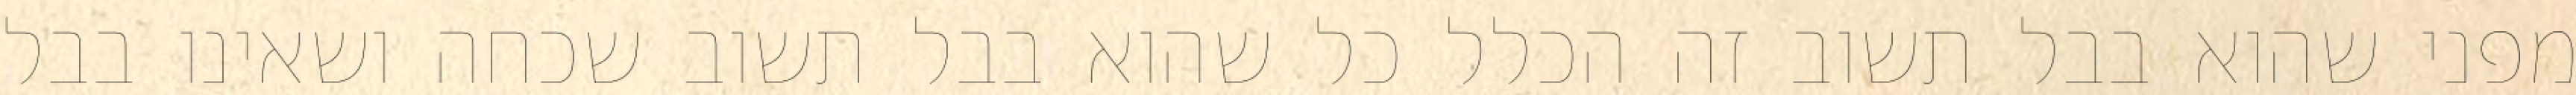
מפני שהוא בבל תשוב זה הכלל כל שהוא בבל תשוב שכחה ושאינו בבל